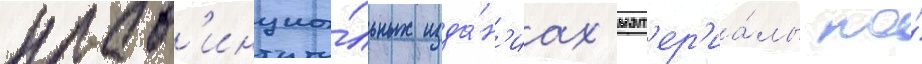
пров'инциа́льных изда́н'иах мат'ер'иа́лы по́